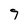
Character: g